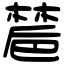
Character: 㯄